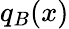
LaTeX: q_{B}(x)